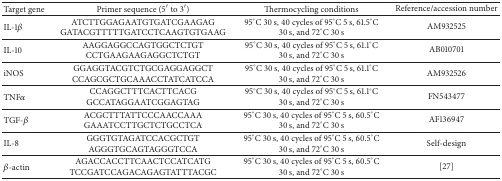
<table><thead><tr><td><b>Target gene</b></td><td><b>Primer sequence (5′ to 3′)</b></td><td><b>Thermocycling conditions</b></td><td><b>Reference/accession number</b></td></tr></thead><tbody><tr><td>IL-1<i>β</i></td><td>ATCTTGGAGAATGTGATCGAAGAGGATACGTTTTTGATCCTCAAGTGTGAAG</td><td>95°C 30 s, 40 cycles of 95°C 5 s, 61.5°C 30 s, and 72°C 30 s</td><td>AM932525</td></tr><tr><td>IL-10</td><td>AAGGAGGCCAGTGGCTCTGTCCTGAAGAAGAGGCTCTGT</td><td>95°C 30 s, 40 cycles of 95°C 5 s, 61.1°C 30 s, and 72°C 30 s</td><td>AB010701</td></tr><tr><td>iNOS</td><td>GGAGGTACGTCTGCGAGGAGGCTCCAGCGCTGCAAACCTATCATCCA</td><td>95°C 30 s, 40 cycles of 95°C 5 s, 61.1°C 30 s, and 72°C 30 s</td><td>AM932526</td></tr><tr><td>TNF<i>α</i></td><td>CCAGGCTTTCACTTCACGGCCATAGGAATCGGAGTAG</td><td>95°C 30 s, 40 cycles of 95°C 5 s, 61.1°C 30 s, and 72°C 30 s</td><td>FN543477</td></tr><tr><td>TGF-<i>β</i></td><td>ACGCTTTATTCCCAACCAAAGAAATCCTTGCTCTGCCTCA</td><td>95°C 30 s, 40 cycles of 95°C 5 s, 60.5°C 30 s, and 72°C 30 s</td><td>AF136947</td></tr><tr><td>IL-8</td><td>GGGTGTAGATCCACGCTGTAGGGTGCAGTAGGGTCCA</td><td>95°C 30 s, 40 cycles of 95°C 5 s, 60.5°C 30 s, and 72°C 30 s</td><td>Self-design</td></tr><tr><td><i>β</i>-actin</td><td>AGACCACCTTCAACTCCATCATGTCCGATCCAGACAGAGTATTTACGC</td><td>95°C 30 s, 40 cycles of 95°C 5 s, 60.5°C 30 s, and 72°C 30 s</td><td>[27]</td></tr></tbody></table>